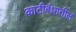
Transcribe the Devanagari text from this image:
काटीबंधातील